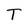
Character: T